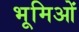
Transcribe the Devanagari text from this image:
भूमिओं